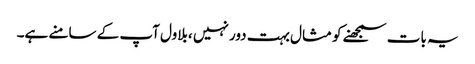
یہ بات سمجھنے کو مثال بہت دور نہیں ،بلاول آپ کے سامنے ہے۔